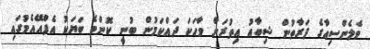
ވެލެންސިއާގެ ފަރާތުން ޝިބާއު އިތުރަށް ވާހަކަ ދައްކަމުން ބުނީ ކޮންމެ ބަޔަކު އެފްއޭއެމުގައި